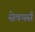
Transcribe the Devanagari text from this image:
सेवयर्स